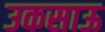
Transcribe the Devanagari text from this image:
उकसाऊ